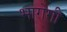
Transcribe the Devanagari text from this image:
भागेगी